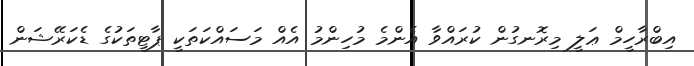
އިބްރާހީމް ޢަލީ މިރޮނގުން ކުރައްވާ އެންމެ މުހިންމު އެއް މަސައްކަތަކީ ޕާޓީތަކުގެ ޑެކަރޭޝަން